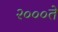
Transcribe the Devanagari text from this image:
२०००ते